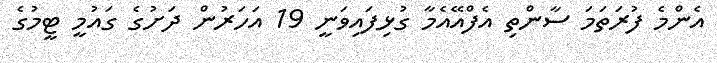
އެންމެ ފުރަތަމަ ސާންތި އެފްއޭއެމާ ގުޅިފައިވަނީ 19 އަހަރުން ދަށުގެ ގައުމީ ޓީމުގެ